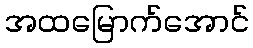
အထမြောက်အောင်